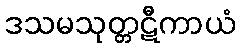
ဒသမသုတ္တဋီကာယံ